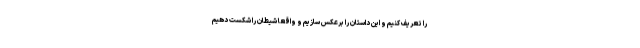
را تعریف کنیم و این داستان را برعکس سازیم و واقعا شیطان را شکست دهیم